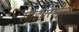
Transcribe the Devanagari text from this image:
साइबरस्पेसों